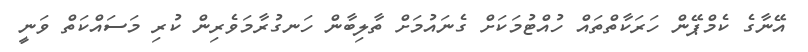
އޭނާގެ ކެމްޕޭން ހަރަކާތްތައް ހުއްޓުމަކަށް ގެނައުމަށް ތާލިބާން ހަނގުރާމަވެރިން ކުރި މަސައްކަތް ވަނީ